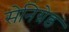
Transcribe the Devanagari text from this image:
सेनिग्रेड